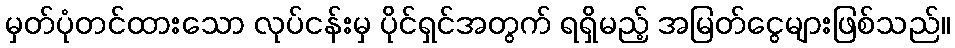
မှတ်ပုံတင်ထားသော လုပ်ငန်းမှ ပိုင်ရှင်အတွက် ရရှိမည့် အမြတ်ငွေများဖြစ်သည်။